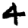
Digit: 4